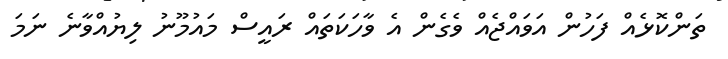
ތަންކޮޅެއް ފަހުން އަވައްޖެއް ވެގެން އެ ވާހަކަތައް ރައީސް މައުމޫނު ލިޔުއްވާނެ ނަމަ